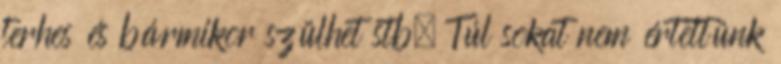
terhes és bármikor szülhet stb. Túl sokat nem értettünk